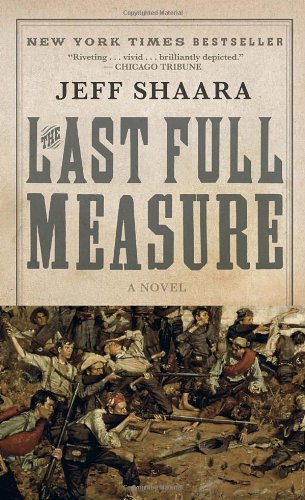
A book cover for The Last Full Measure: A Novel of the Civil War (Civil War Trilogy); Jeff Shaara; Literature & Fiction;